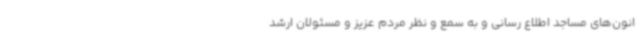
انون‌های مساجد اطلاع رسانی و به سمع و نظر مردم عزیز و مسئولان ارشد